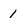
Character: 1